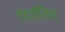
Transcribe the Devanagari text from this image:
गेद्रोसिय